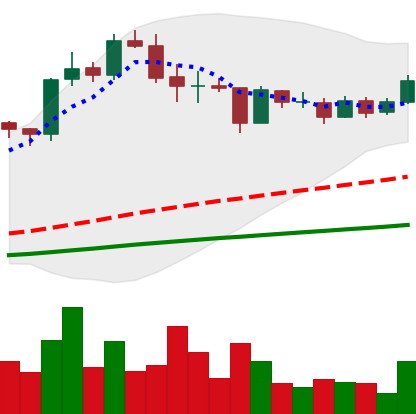
Ticker: LINK-USD
Chart end date: 2020-08-29
Forward return: -27.466%
Label: down_7plus